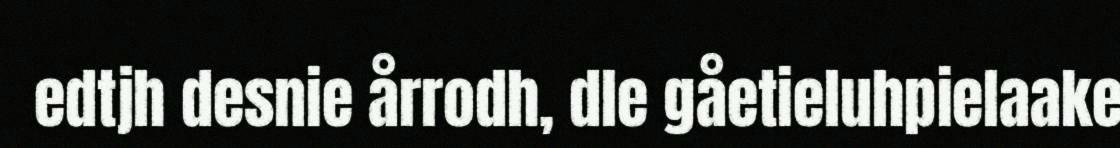
edtjh desnie årrodh, dle gåetieluhpielaake